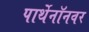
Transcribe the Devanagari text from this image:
पार्थेनॉनवर